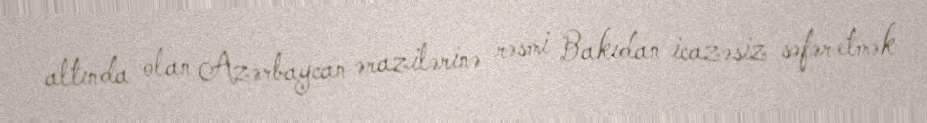
altında olan Azərbaycan ərazilərinə rəsmi Bakıdan icazəsiz səfər etmək